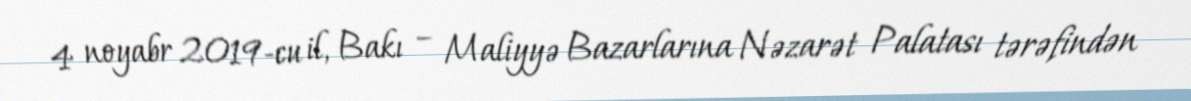
4 noyabr 2019-cu il, Bakı – Maliyyə Bazarlarına Nəzarət Palatası tərəfindən